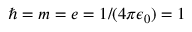
\hbar = m = e = 1 / ( 4 \pi \epsilon _ { 0 } ) = 1